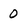
Character: 0